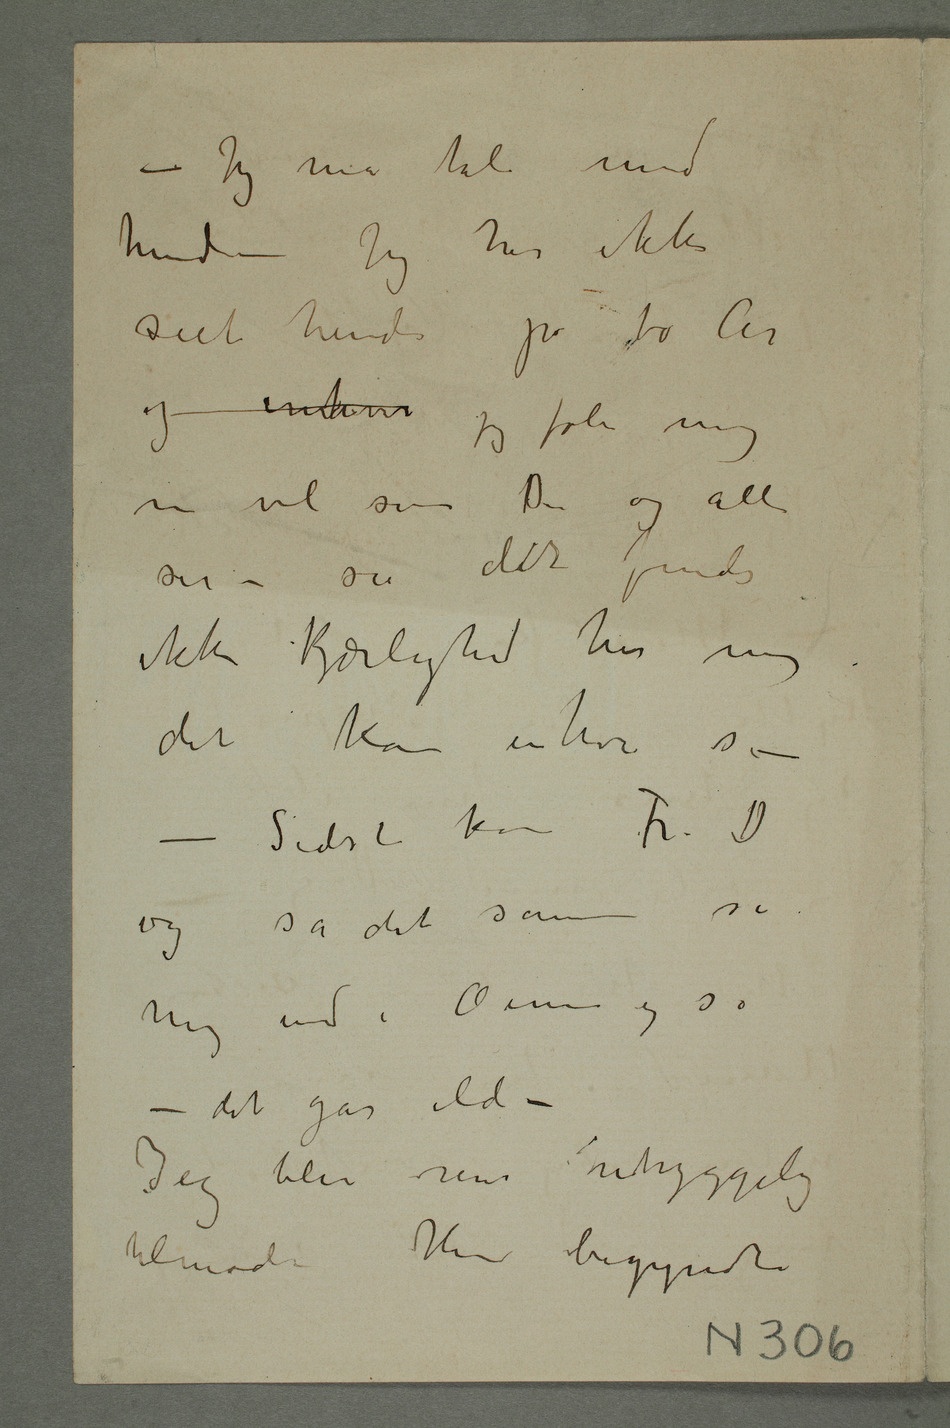
– Jeg må tale med
hende – Jeg har ikke
seet hende på to År
og interes jeg føler mig
nu vel som Du og alle
ser – ser det findes
ikke Kjærlighet hos mig
det kan enhver se –
– Sidst kom Fr. D.
mig ind i Øinene og sa
– det går ilde –
Jeg blev mer uhyggelig